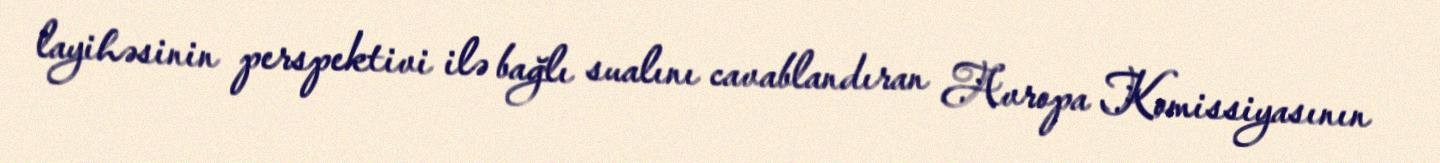
layihəsinin perspektivi ilə bağlı sualını cavablandıran Avropa Komissiyasının